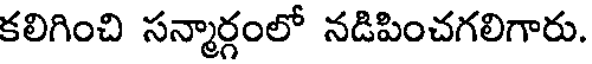
కలిగించి సన్మార్గంలో నడిపించగలిగారు.